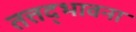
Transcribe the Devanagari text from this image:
तत्तद्भावना